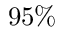
9 5 \%